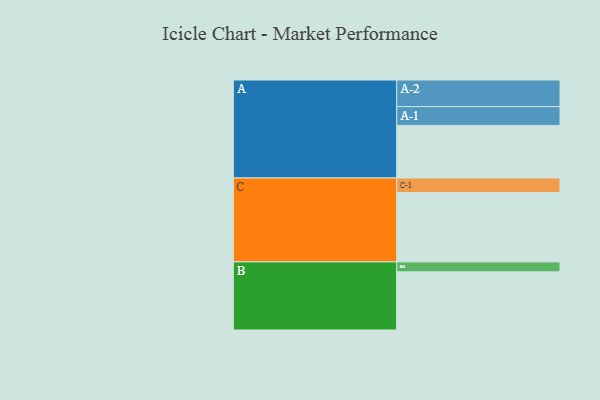
{"axis": {"x": "Segment", "y": "Value"}, "legend": ["", "A", "B", "C"], "data": [{"x": "A", "y": 359, "type": ""}, {"x": "B", "y": 397, "type": ""}, {"x": "C", "y": 473, "type": ""}, {"x": "A-1", "y": 128, "type": "A"}, {"x": "A-2", "y": 182, "type": "A"}, {"x": "B-1", "y": 68, "type": "B"}, {"x": "C-1", "y": 100, "type": "C"}]}